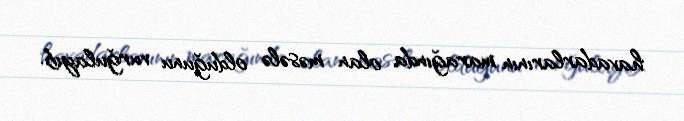
havadarlarının marağında olan məsələ olduğunu vurğulayıb.